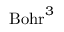
\mathrm { B o h r } ^ { 3 }